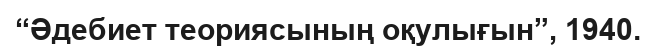
“Әдебиет теориясының оқулығын”, 1940.